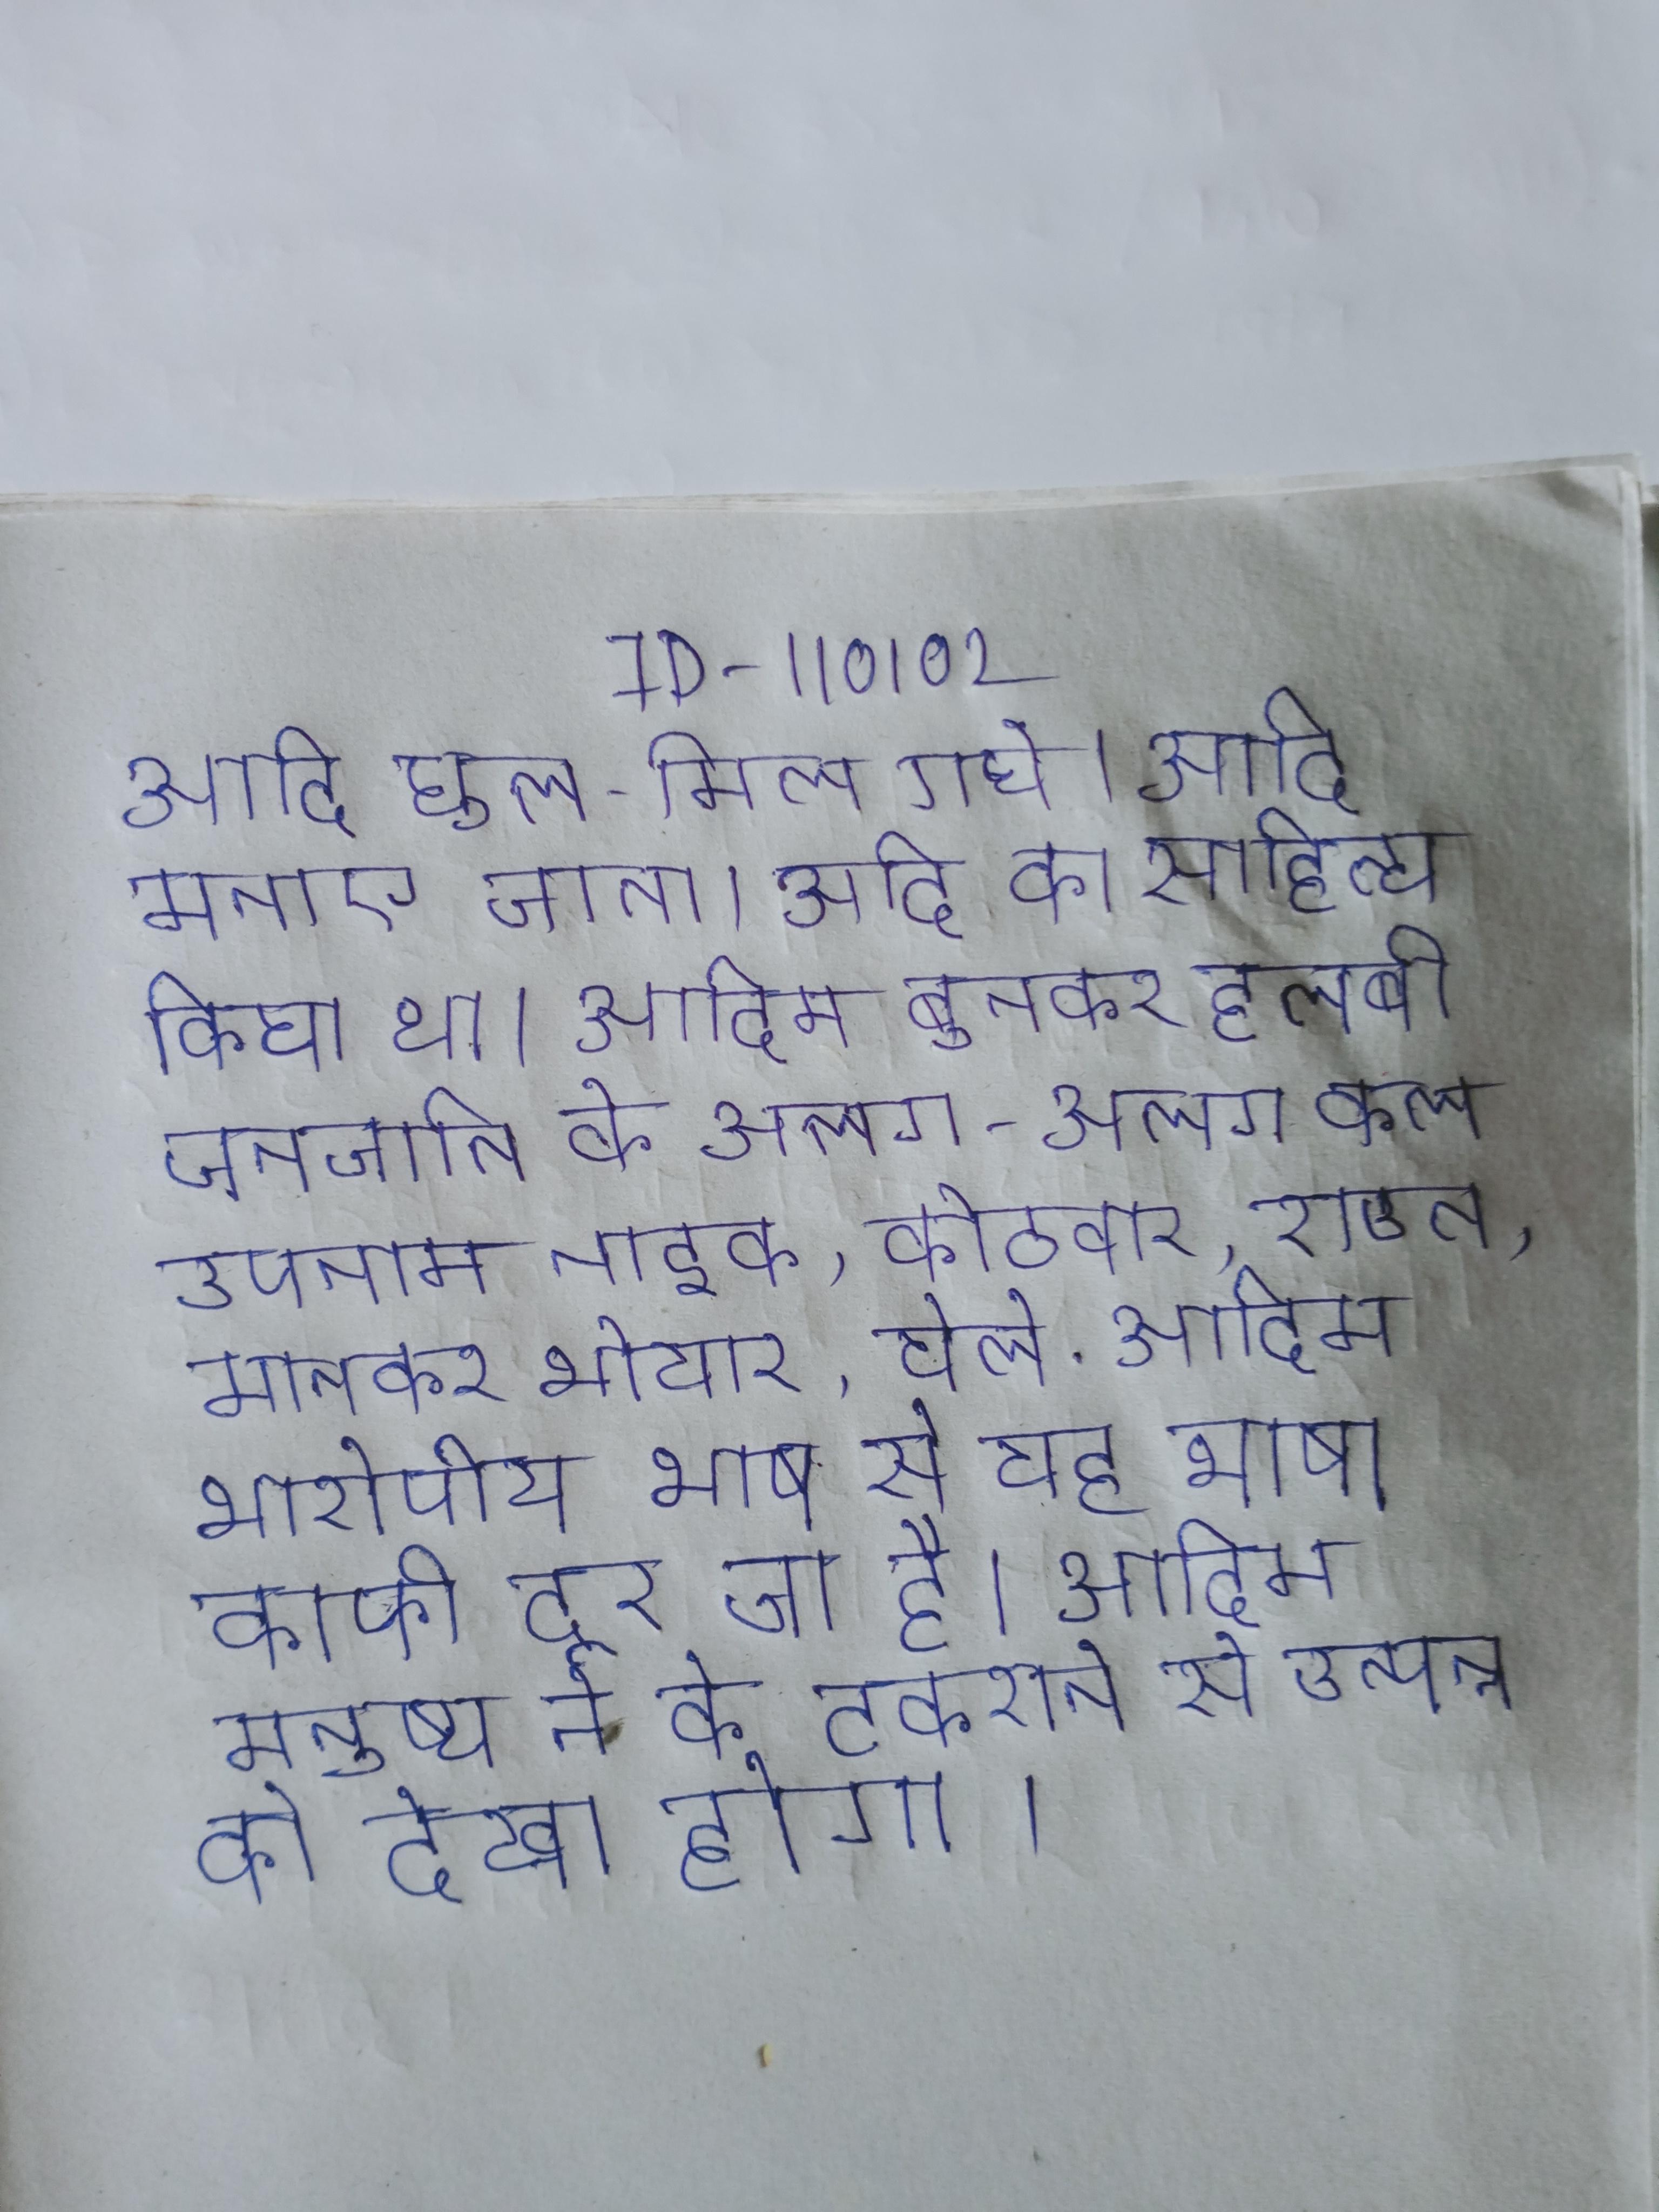
आदि घुल-मिल गये । आदि मनाए जाते । आदि का साहित्य किया था । आदिम बुनकर हलबी जनजाति के अलग-अलग कल उपनाम नाइक, कोठवार, राउत, मानकर भोयार, येले . आदिम भारोपीय भाषा से यह भाषा काफी दूर जा है । आदिम मनुष्य ने के टकराने से उत्पन्न को देखा होगा ।